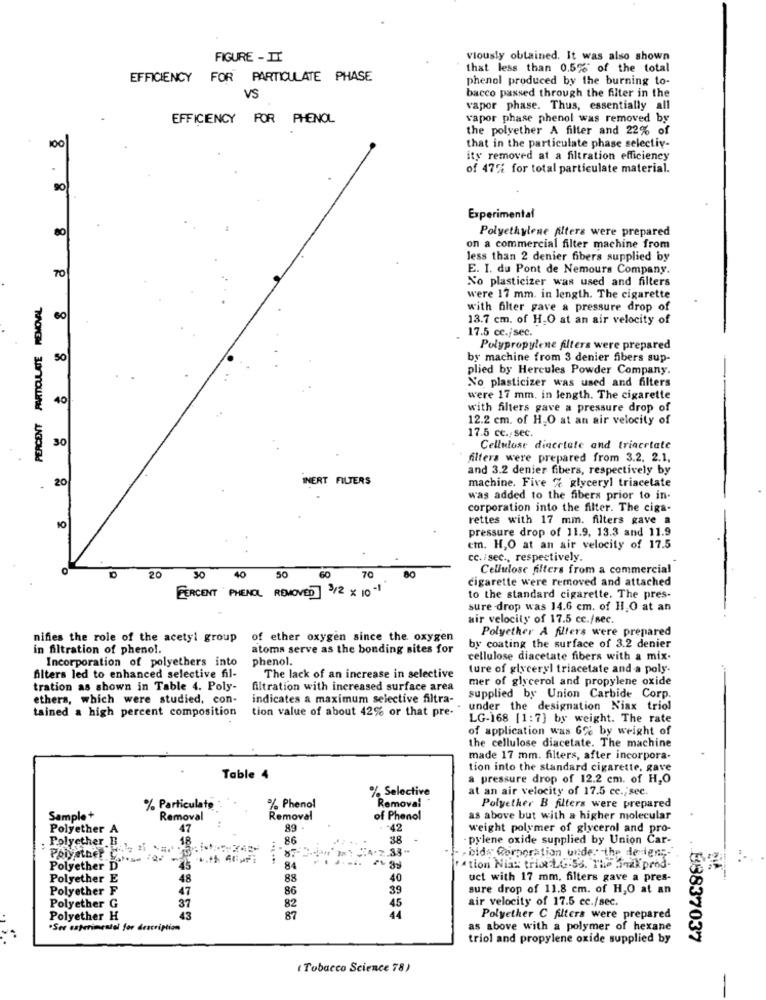
FIGURE - II
Vlously obtained. It was also shown
that less than 0.5% of the total
EFFICIENCY FOR PARTICULATE PHASE
phenol produced by the burning to-
VS
bacco passed through the filter in the
vapor phase. Thus, essentially all
EFFICIENCY FOR PHENOL
vapor phase phenol was removed by
the polyether A filter and 22% of
100
that in the particulate phase selectiv-
ity removed at a filtration efficiency
of 47% for total particulate material.
90
Experimental
80
Polyethylene filters were prepared
on a commercial filter machine from
less than 2 denier fibers supplied by
70
E. I. du Pont de Nemours Company.
No plasticizer was used and filters
PERCENT PARTICULATE REMOVAL
were 17 mm. in length. The cigarette
with filter gave a pressure drop of
60
13.7 cm. of H.O at an air velocity of
17.5 cc./sec.
Polypropylene filters were prepared
50
by machine from 3 denier fibers sup-
plied by Hercules Powder Company.
No plasticizer was used and filters
40
were 17 mm. in length. The cigarette
with filters gave a pressure drop of
12.2 cm. of H,O at an air velocity of
30
17.5 cc./ sec.
Cellulose diacetate and triacetate
filters were prepared from 3.2. 2.1.
and 3.2 denier fibers, respectively by
20
INERT FILTERS
machine. Five % glyceryl triacetate
was added to the fibers prior to in-
corporation into the filter. The ciga-
rettes with 17 mm. filters gave a
pressure drop of 11.9. 13.3 and 11.9
em. H,O at an air velocity of 17.5
cc. /sec ., respectively.
Cellulose filters from a commercial
20
30
40
50
60
70
80
cigarette were removed and attached
PERCENT PHENOL REMOVED /2 x 10-1
to the standard cigarette. The pres-
sure drop was 14.6 cm. of HI,O at an
air velocity of 17.5 cc./sec.
Polyether A filters were prepared
nifies the role of the acetyl group
of ether oxygen since the oxygen
in filtration of pheno !.
atoms serve as the bonding sites for
by coating the surface of 3.2 denier
Incorporation of polyethers into
phenol.
cellulose diacetate fibers with a mix.
ture of glyceryl triacetate and a poly-
filters led to enhanced selective fil-
The lack of an increase in selective
mer of glycerol and propylene oxide
tration as shown in Table 4. Poly-
filtration with increased surface area
ethers, which were studied, con-
indicates a maximum selective filtra-
supplied by Union Carbide Corp.
tained a high percent composition
tion value of about 42% or that pre-"
under the designation Niax triol
LG-168 [1:7] by weight. The rate
of application was 6% by weight of
the cellulose diacetate. The machine
made 17 mm. filters, after incorpora-
tion into the standard cigarette. gave
Table 4
a pressure drop of 12.2 cm. of H,O
% Selective
at an air velocity of 17.5 cc .; sec.
% Particulate
% Phenol
Removal
Polyether B filters were prepared
Sample+
Removal
Removal
of Phenol
as above but with a higher molecular
Polyether A
47
89
-42
weight polymer of glycerol and pro-
Polyether B.
86
38
- pylene oxide supplied by Union Car-
: 33-
.bid: Corporation under the derlen ;-
Polyether C
Polyether D
84
ration Nias trist L4-55. The anak prod-
Polyether E
48
88
40
uct with 17 mm, filters gave a pres-
Polyether F
47
86
39
sure drop of 11.8 cm. of H,O at an
Polyether G
37
45
air velocity of 17.5 cc./sec.
82
Polyether H
43
87
44
Polyether C filters were prepared
*Ser esperimentol for description
as above with a polymer of hexane
triol and propylene oxide supplied by
88837037
( Tobacco Science 78)